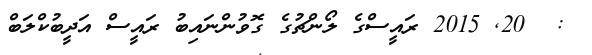
:  20